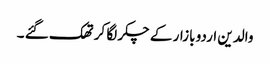
والدین اردو بازار کے چکر لگا کر تھک گئے ۔